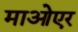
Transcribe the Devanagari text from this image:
माओएर